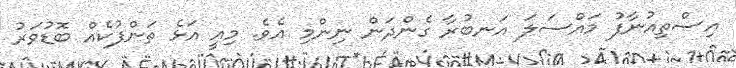
އިސްތިއުނާފު މައްސަލަ އަނބުރާ ގެންދަން ނިންމި އެވެ. މިއީ އަޅެ ތަންފުކެއް ބޮޑުވަރު